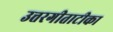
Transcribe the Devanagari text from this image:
उत्तरगीताटीका